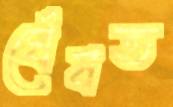
ঘেঁষত